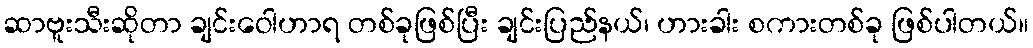
ဆာဗူးသီးဆိုတာ ချင်းဝေါဟာရ တစ်ခုဖြစ်ပြီး ချင်းပြည်နယ်၊ ဟားခါး စကားတစ်ခု ဖြစ်ပါတယ်။